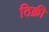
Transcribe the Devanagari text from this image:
ठिक्री